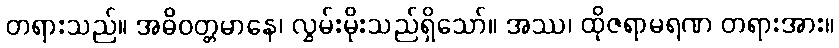
တရားသည်။ အဓိဝတ္တမာနေ၊ လွှမ်းမိုးသည်ရှိသော်။ အဿ၊ ထိုဇရာမရဏ တရားအား။